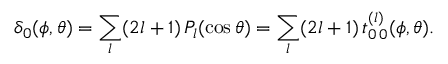
\delta _ { 0 } ( \phi , \theta ) = \sum _ { l } ( 2 l + 1 ) \, P _ { l } ( \cos \theta ) = \sum _ { l } ( 2 l + 1 ) \, t _ { 0 \, 0 } ^ { ( l ) } ( \phi , \theta ) .